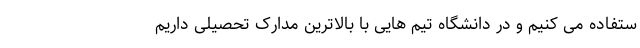
ستفاده می کنیم و در دانشگاه تیم هایی با بالاترین مدارک تحصیلی داریم